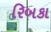
રિબકા